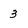
Character: 3